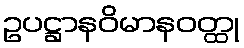
ဥပဋ္ဌာနဝိမာနဝတ္ထု